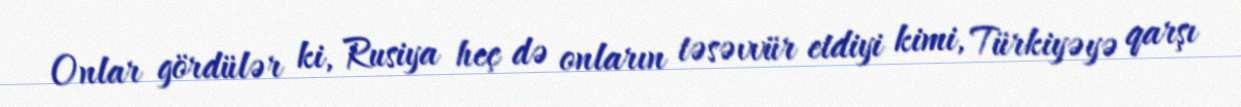
Onlar gördülər ki, Rusiya heç də onların təsəvvür etdiyi kimi, Türkiyəyə qarşı